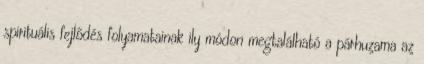
spirituális fejlődés folyamatainak ily módon megtalálható a párhuzama az